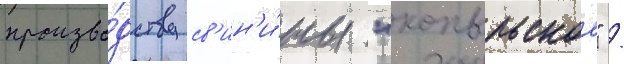
произво́дству св'ин'и́ны "копыльское" /